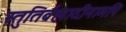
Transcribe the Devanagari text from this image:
स्तुतिर्ब्रह्मादीनामपि